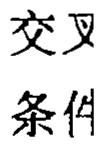
交叉
条件